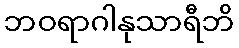
ဘဝရာဂါနုသာရီဘိ